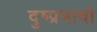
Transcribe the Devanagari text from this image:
दुष्प्रभावो